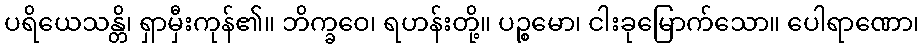
ပရိယေသန္တိ၊ ရှာမှီးကုန်၏။ ဘိက္ခဝေ၊ ရဟန်းတို့။ ပဉ္စမော၊ ငါးခုမြောက်သော။ ပေါရာဏော၊